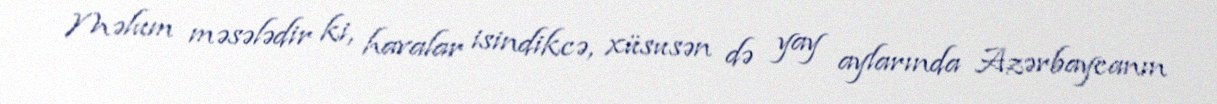
Məlum məsələdir ki, havalar isindikcə, xüsusən də yay aylarında Azərbaycanın